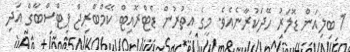
1 ބިލިއަން ޑޮލަރު ހޭދަކުރާނެއެވެ. މީގެ އިތުރުން ޑެޓްރޮއިޓް ކޭމްބްރިޖް ޕިޓްސްބާގް އަދި